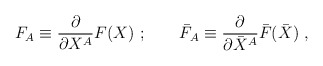
\begin{align*}F_A \equiv \frac{\partial}{\partial X^A} F(X)\ ; \qquad\bar F_A \equiv \frac{\partial}{\partial \bar X^A} \bar F(\bar X)\ ,\end{align*}